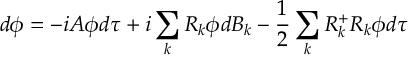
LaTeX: d \phi = - i { \cal A } \phi d \tau + i \sum _ { k } R _ { k } \phi d { \cal B } _ { k } - \frac { 1 } { 2 } \sum _ { k } R _ { k } ^ { + } R _ { k } \phi d \tau